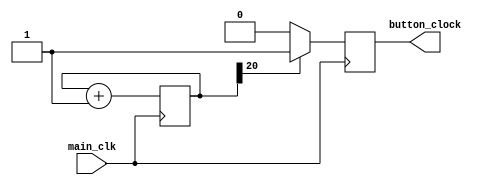
`timescale 1ns / 1ps
//////////////////////////////////////////////////////////////////////////////////
// Company: 
// Engineer: 
// 
// Design Name: 
// Module Name: clock_divider
// Project Name: 
// Target Devices: 
// Tool Versions: 
// Description: 
// 
// Dependencies: 
// 
// Revision:
// Revision 0.01 - File Created
// Additional Comments:
// 
//////////////////////////////////////////////////////////////////////////////////


module generate_button_clock(main_clk, button_clock);
    input main_clk;
    output reg button_clock;
    
    reg [20:0] counter = 0;
    
    always @ (posedge main_clk) begin
        if (counter[20] == 1) begin
            button_clock = 1;
        end
        else begin
            button_clock = 0;
        end
        counter = counter + 1;
    end
endmodule